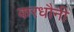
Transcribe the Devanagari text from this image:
करधौनी